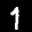
Label: 1